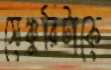
সেঞ্চুরিটাকে